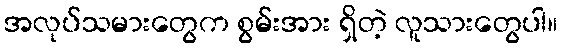
အလုပ်သမားတွေက စွမ်းအား ရှိတဲ့ လူသားတွေပါ။